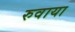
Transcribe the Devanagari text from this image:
रुवाया